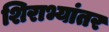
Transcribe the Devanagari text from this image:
शिराभ्यांतर